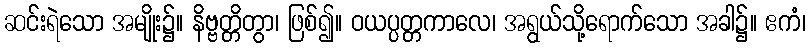
ဆင်းရဲသော အမျိုး၌။ နိဗ္ဗတ္တိတွာ၊ ဖြစ်၍။ ဝယပ္ပတ္တကာလေ၊ အရွယ်သို့ရောက်သော အခါ၌။ ဧကံ၊